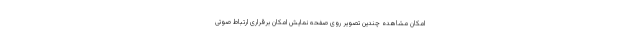
امکان مشاهده‌ چندین تصویر روی صفحه ‌نمایش امکان برقراری ارتباط صوتی